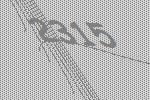
2315